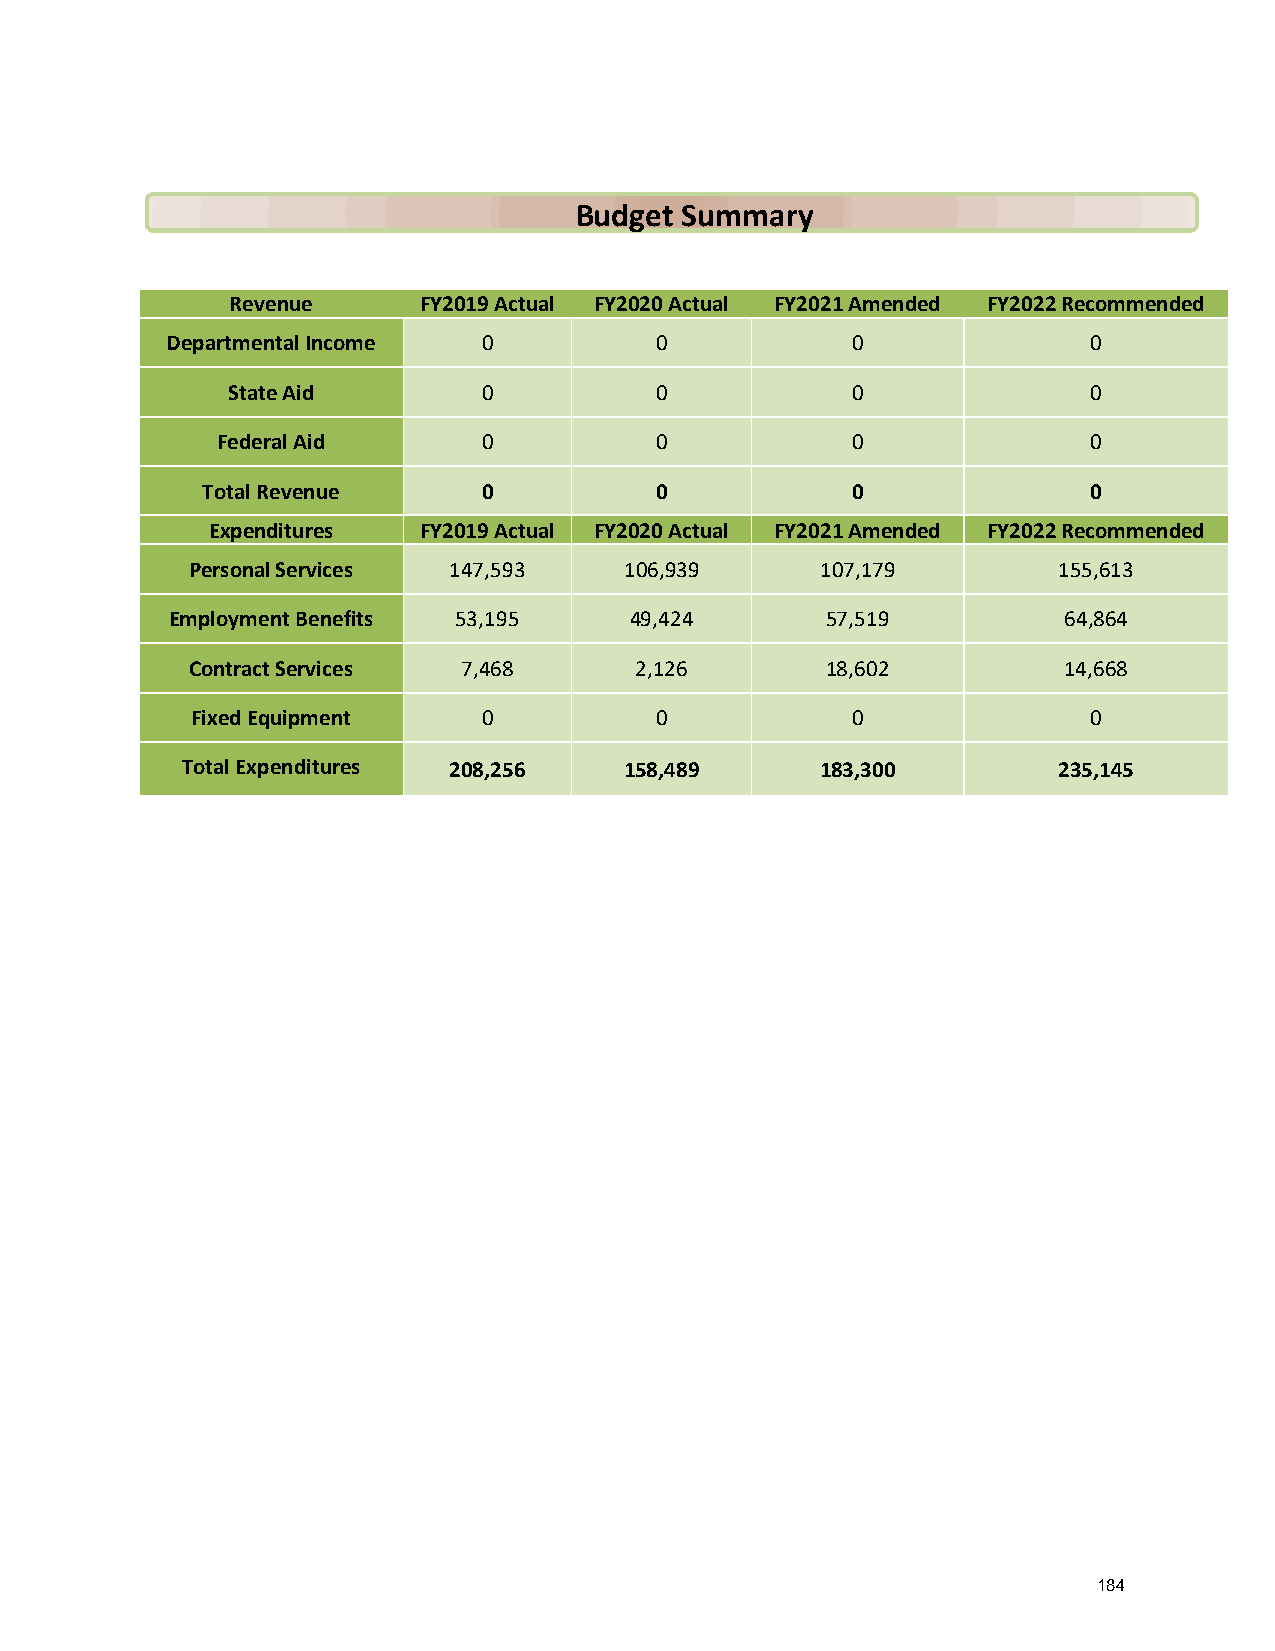
Budget Summary
 Revenue      FY2019 Actual FY2020 Actual FY2021 Amended FY2022 Recommended
 Departmental Income  0          0            0               0
 State Aid        0          0            0               0
 Federal Aid       0          0            0               0
 Total Revenue      0          0            0               0
 Expenditures  FY2019 Actual FY2020 Actual FY2021 Amended FY2022 Recommended
 Personal Services 147,593    106,939      107,179         155,613
 Employment Benefits 53,195     49,424       57,519         64,864
 Contract Services  7,468      2,126        18,602         14,668
 Fixed Equipment    0          0            0               0
 Total Expenditures 208,256   158,489      183,300         235,145
 184